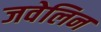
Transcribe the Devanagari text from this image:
जवेलिन